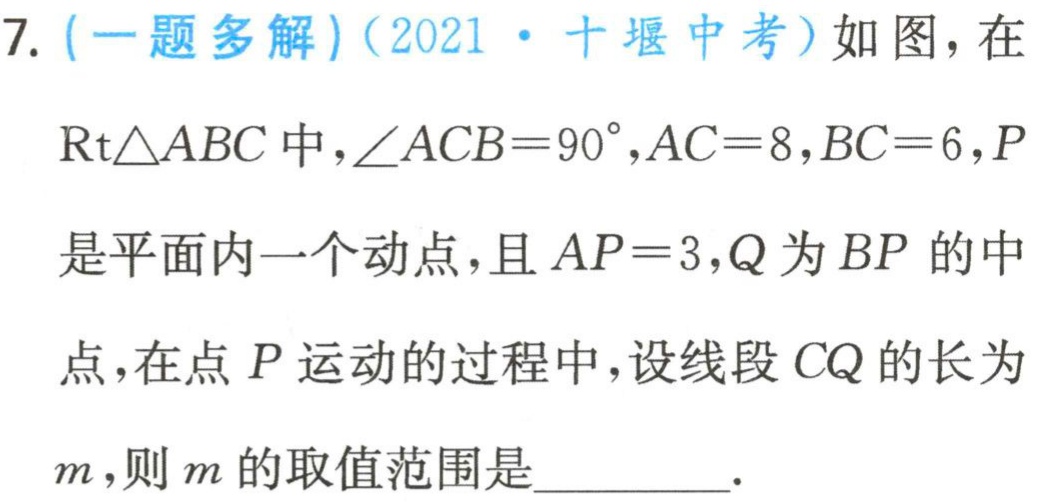
7. (一题多解)(2021·十堰中考)如图，在
$\text{Rt}\triangle ABC$中，$\angle ACB = 90^{\circ},AC = 8,BC = 6,P$
是平面内一个动点，且$AP = 3,Q$为$BP$的中
点，在点$P$运动的过程中，设线段$CQ$的长为
$m$，则$m$的取值范围是________.